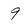
Character: 9